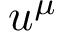
u ^ { \mu }